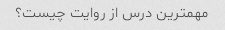
مهمترین درس از روایت چیست؟